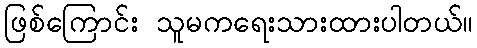
ဖြစ်ကြောင်း သူမကရေးသားထားပါတယ်။